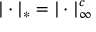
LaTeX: | \cdot | _ { * } = | \cdot | _ { \infty } ^ { c }